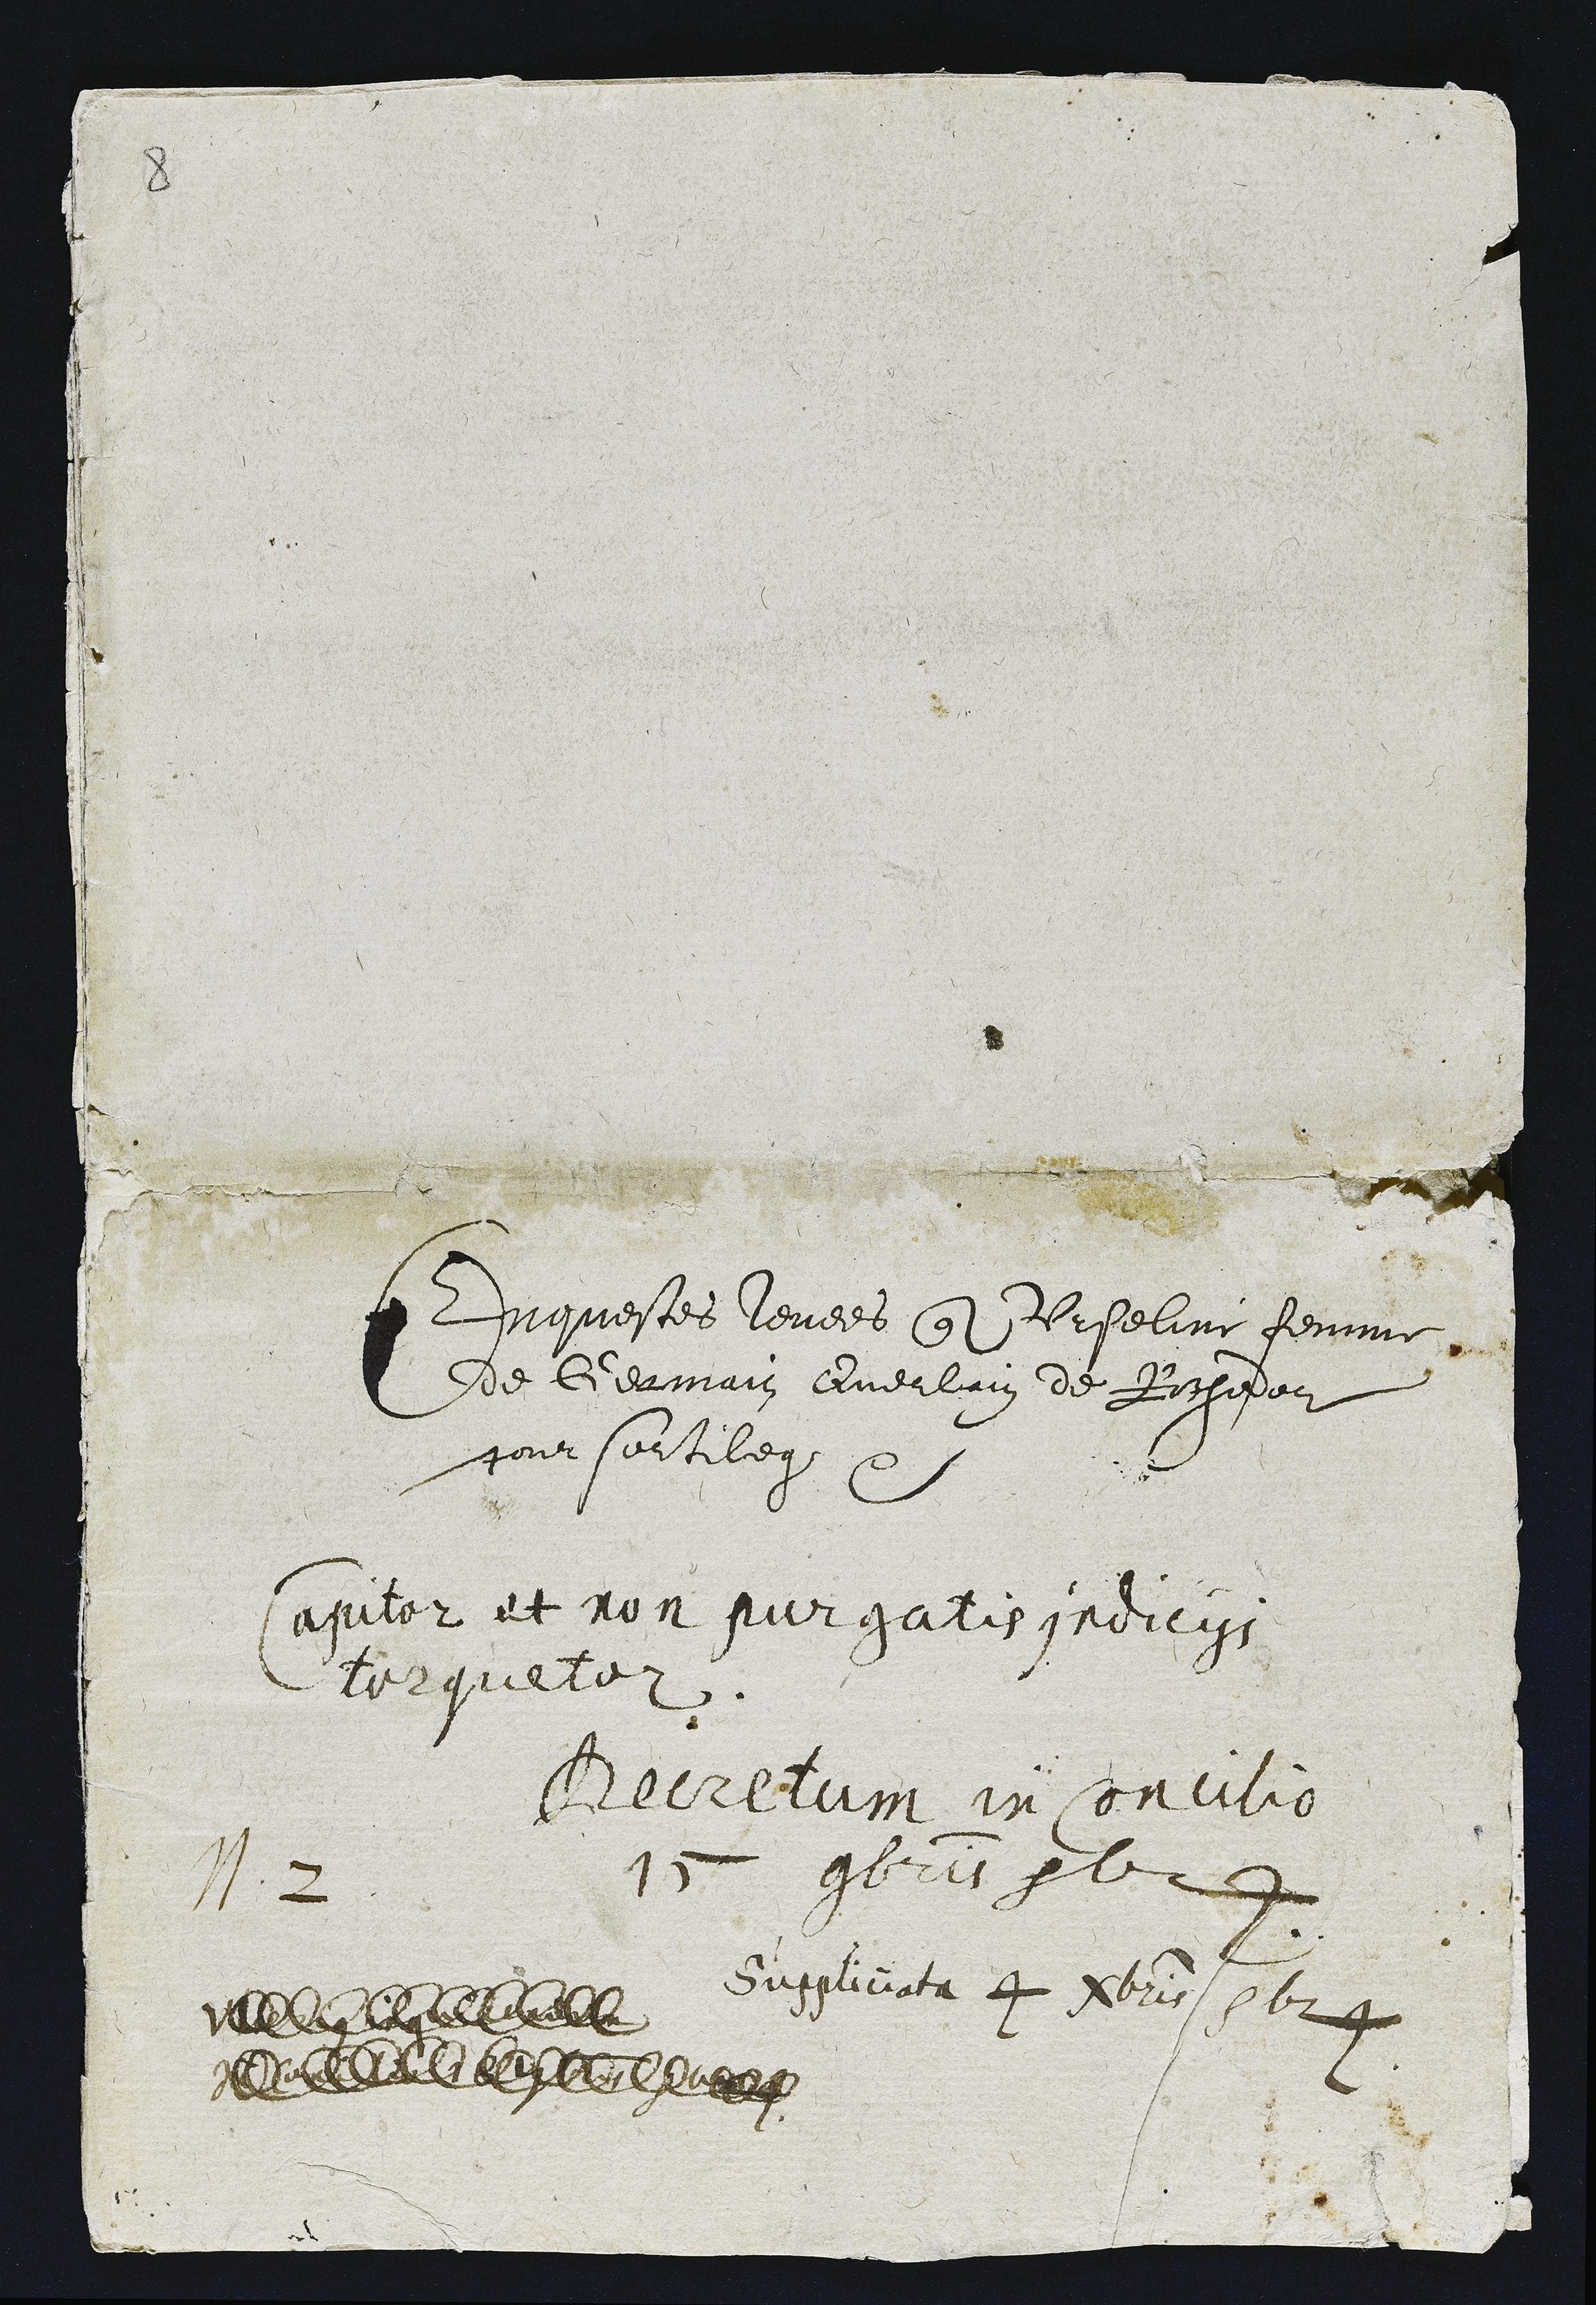
N. 2

Enquestes levees que Urseliir femme
de Germais Everlain de Rochedor
jour sortilege

apitor et non purgatis jedicys
Terqueloz.

Becritum in concilio
17 gbri 7624

Suggliciata 4 Nbris 1624